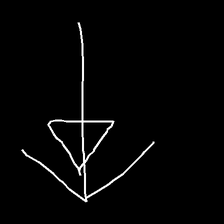
Glyph: pull